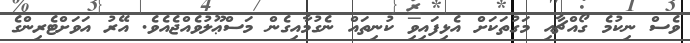
ވެސް ނިކުމެ ގޯއްޗާއި މަގުތަކަށް އެޅިފައިވި ކުނިތައް ނެގުމާއިގެން މަސްޢޫލުވެއްޖެއެވެ. އޭރު އަވަށްޓެރިންގެ